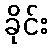
ခိုင်း